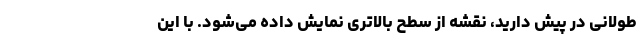
طولانی در پیش دارید، نقشه از سطح بالاتری نمایش داده می‌شود. با این